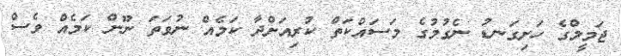
ޖަމީލްގެ ހަށިގަނޑު ނެގުމުގެ މަސައްކަތް ކުރިއަށްދާ ކަމެއް ނުވަތަ ނޫން ކަމެއް ވެސް